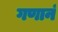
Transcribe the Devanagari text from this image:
गणानं